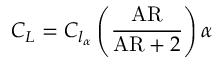
\ C _ { L } = C _ { l _ { \alpha } } \left( { \frac { \mathrm { A R } } { { \mathrm { A R } } + 2 } } \right) \alpha